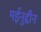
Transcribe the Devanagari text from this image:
मईनुद्दीन